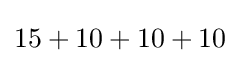
15+10+10+10